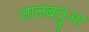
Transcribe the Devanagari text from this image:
लालबलुआ